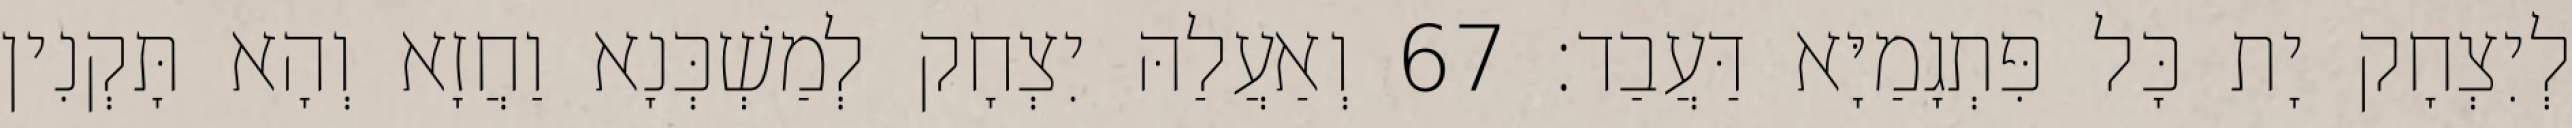
לְיִצְחָק יָת כָּל פִּתְגָמַיָּא דַּעֲבַד׃ 67 וְאַעֲלַהּ יִצְחָק לְמַשְׁכְּנָא וַחֲזָא וְהָא תָּקְנִין